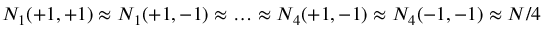
N _ { 1 } ( + 1 , + 1 ) \approx N _ { 1 } ( + 1 , - 1 ) \approx \ldots \approx N _ { 4 } ( + 1 , - 1 ) \approx N _ { 4 } ( - 1 , - 1 ) \approx { N / 4 }